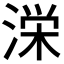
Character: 𭱚